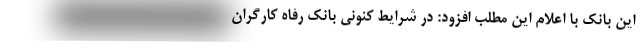
این بانک با اعلام این مطلب افزود: در شرایط کنونی بانک رفاه کارگران